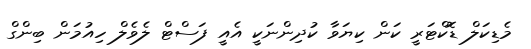
މެޑިކަލް ޑޮކްޓަރީ ކަން ކިޔަވާ ކުދިންނަކީ އެއީ ފަސްޓް ލެވެލް ހިއުމަން ބިންގް